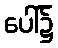
ပေါ်၌